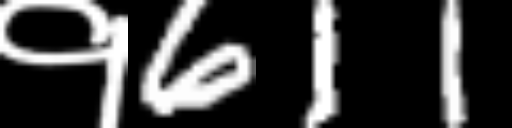
Text: १611